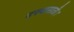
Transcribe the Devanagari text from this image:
नफ्यासाठी।